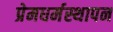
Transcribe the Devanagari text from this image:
प्रेमधर्मस्थापन